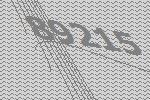
89215